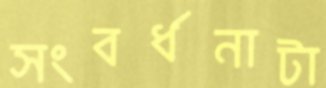
সংবর্ধনাটা